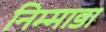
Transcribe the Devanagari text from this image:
निम्माडा